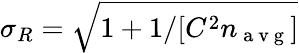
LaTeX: \sigma_{R}=\sqrt{1+1/[C^{2}n_{\mathrm{~a~v~g~}}]}